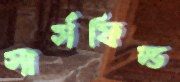
সার্সফিল্ড